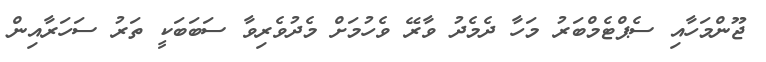
ޖޫންމަހާއި ސެޕްޓެމްބަރު މަހާ ދެމެދު ވާރޭ ވެހުމަށް މެދުވެރިވާ ސަބަބަކީ ތަރު ސަހަރާއިން